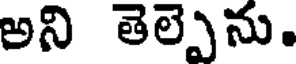
అని తెల్పెను.